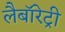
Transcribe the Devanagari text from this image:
लैबॉरेट्री